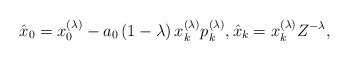
\begin{align*}\hat{x}_{0}=x_{0}^{(\lambda)}-a_{0}\left(1-\lambda \right) x_{k}^{(\lambda)}p_{k}^{(\lambda)},\hat{x}_{k}=x_{k}^{(\lambda)}Z^{-\lambda},\end{align*}